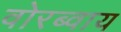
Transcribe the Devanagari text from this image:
वोरब्वाय